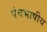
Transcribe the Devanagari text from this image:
पंचभाषीय